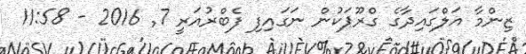
ޒިންމާ އަލްގައިދާގެ ގްރޫޕަކުން ނަގައިފި ފެބްރުއަރީ 7